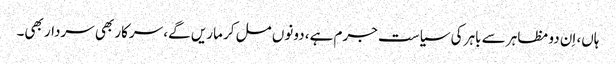
ہاں، اِن دو مظاہر سے باہر کی سیاست جرم ہے، دونوں مل کر ماریں گے، سرکار بھی سردار بھی۔